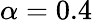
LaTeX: \alpha=0.4